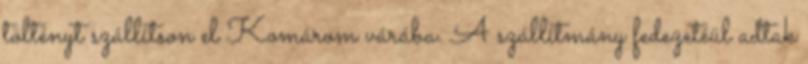
töltényt szállítson el Komárom várába. A szállítmány fedezetéül adtak